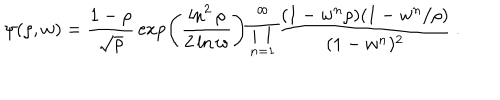
\psi ( \rho , w ) = { \frac { 1 - \rho } { \sqrt \rho } } \exp \left( { \frac { \ln ^ { 2 } \rho } { 2 \ln w } } \right) \prod _ { n = 1 } ^ { \infty } { \frac { ( 1 - w ^ { n } \rho ) ( 1 - w ^ { n } / \rho ) } { ( 1 - w ^ { n } ) ^ { 2 } } } \, .